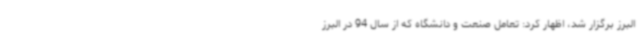
البرز برگزار شد، اظهار کرد: تعامل صنعت و دانشگاه که از سال 94 در البرز